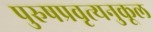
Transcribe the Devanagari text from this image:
पुरुषप्रवृत्यनुकूल